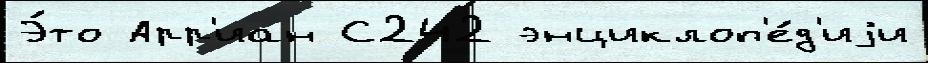
Э́то Арр'иан С242 энциклоп'е́д'иjи